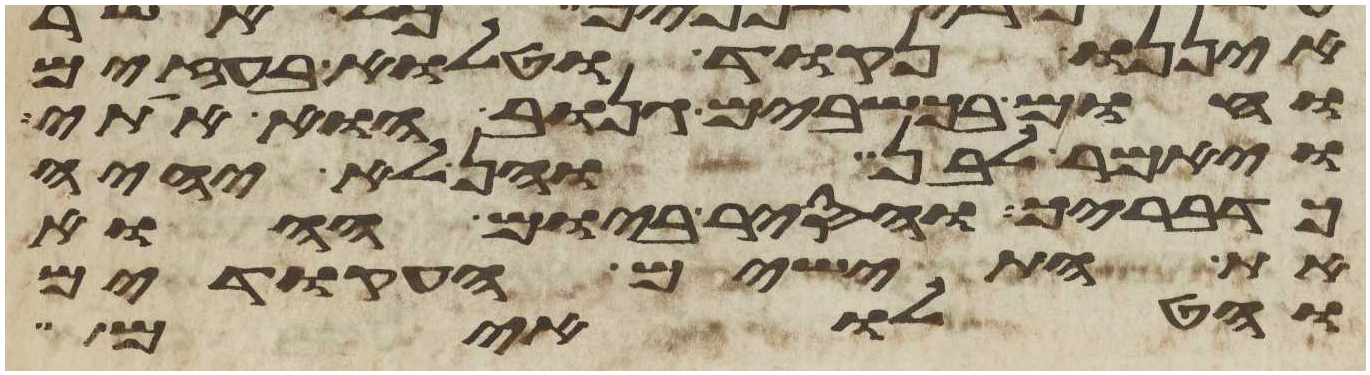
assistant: איננו נקוד וטלוא בעזים
וחום בכשבים גנוב הוא אתי
ויאמר לבן והן לא יהיה
כדבריך ויסר ביום ההוא
את התישים העקודים
והטלואים